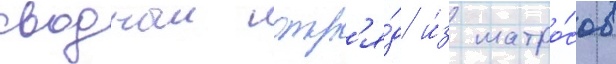
сводныи отр'я́д и́з матро́сов